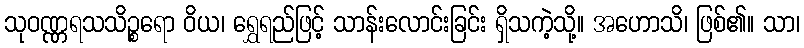
သုဝဏ္ဏရသသိဉ္စရော ဝိယ၊ ရွှေရည်ဖြင့် သာန်းလောင်းခြင်း ရှိသကဲ့သို့။ အဟောသိ၊ ဖြစ်၏။ သာ၊